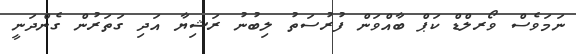
ނަމަވެސް ވޯރލްޑް ކަޕް ބާއްވަން ފުރުސަތު ލިބުނު ރަޝިޔާ އަދި ގަތަރުން ގެންދަނީ